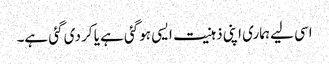
اسی لیے ہماری اپنی ذہنیت ایسی ہوگئی ہے یا کر دی گئی ہے۔